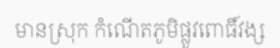
មានស្រុក កំណើតភូមិផ្លូវពោធិ៍វង្ស